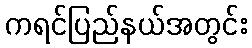
ကရင်ပြည်နယ်အတွင်း